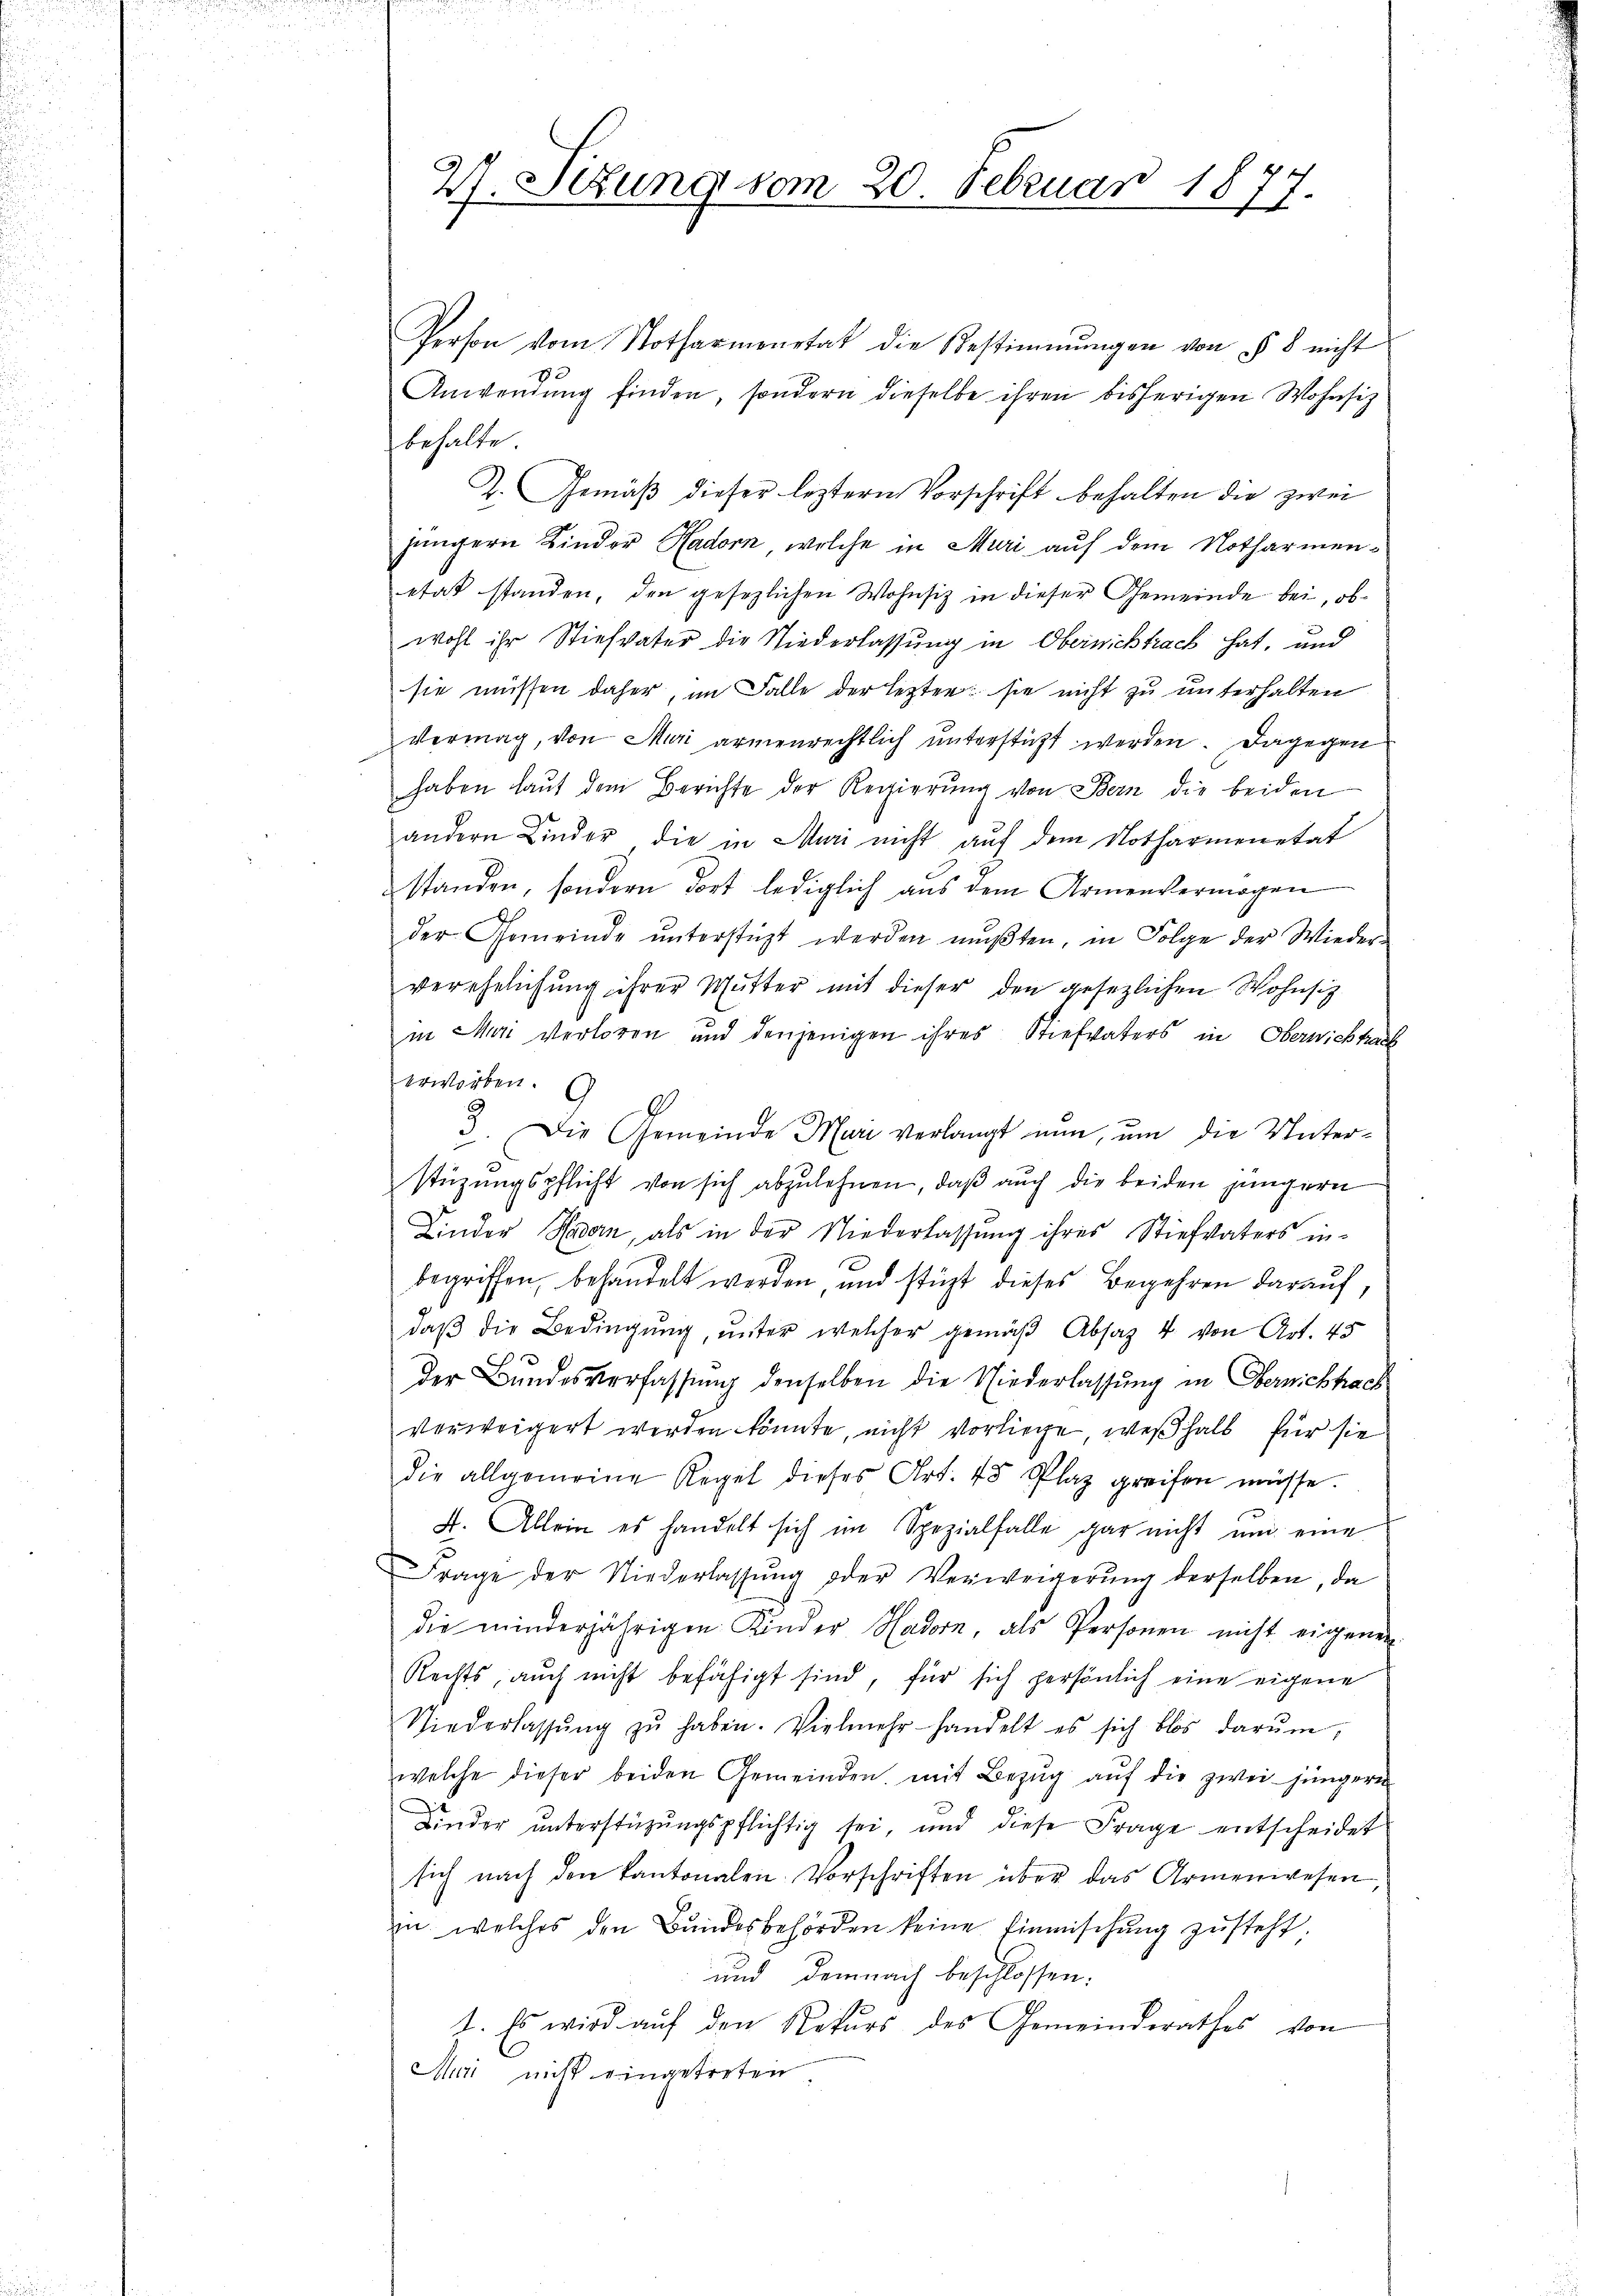
27. Sizung vom 20. Februar 1877.

Person vom Notharmonitat die Bestimmungen von § 8 nicht
1
Anwendŭng finden, sondern dieselbe ihren bisherigen Wohnsitz
behalte.
Z. Gemäß dieser leztern Vorschrift behalten die zwei
jüngern Kinder Hadorn, welche in Muri auf dem Notharmenetat standen, den gesezlichen Wohnsiz in dieser Gemeinde bei, ob
wohl ihr Stiefvater die Niederlassung in Obernichtrach hat, und
sie müssen daher, im Falle der lezten sie nicht zu unterhalten
vermag, von Muri armenrechtlich unterstützt werden. Dagegen
haben laŭt dem Berichte der Regierŭng von Bern die beiden
andern Kinder die in Muri nicht auf dem Notharmonetat
standen, sondern dort lediglich aus dem Armenvermögen
der Gemeinde unterstüzt werden mußten, in Folge der Wiederverehelichung ihrer Mutter mit dieser den gesezlichen Wohnsitz
in Mari verloren und denjenigen ihres Stiefvaters in Oberwichtach
erworben.
9
3. Die Gemeinde Mari verlangt nun, um die Unterstüzungspflicht von sich abzulehnen, daß auch die beiden jüngern
Linder Hasen, als in der Niederlassŭng ihres Stiefvaters in-
begriffen, behandelt werden und stüzt dieses Begehren darauf,
daβ die Bedingung, unter welcher gemäβ Absatz 4 von Art. 45
e
der Bundesverfassung denselben die Niederlassung in Obernichtach
verweigert werden könnte, nicht vorliege, weßhalb für sie
die allgemeine Regel dieses Art. 45 Plaz greifen müsse.
4. Allein es handelt sich im Spezialfalle gar nicht und eine
Frage der Niederlassung oder Verweigerung derselben, da
die minderjährigen Kinder Hadorn, als Personen nicht eigenen
Rechts, auch nicht befähigt sind, für sich persönlich eine eigene
Niederlassŭng zŭ haben. Vielmehr handelt es sich blos darŭm,
welche dieser beiden Gemeinden, mit Bezug auf die zwei jüngern
.
Kinder unterstüzungspflichtig sei, und diese Frage entscheidet
sich nach den Kantonalen Vorschriften über das Armenwesen
in welches den Bŭndesbehörden keine Einmischung zusteht,
und demnach beschlossen:
1. Es wird auf den Rekurs des Gemeinderathes von
Muri nicht eingetreten